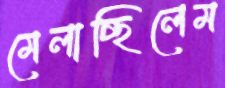
মেলাচ্ছিলেম